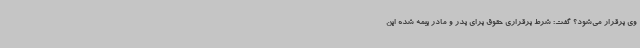
وی برقرار می‌شود؟ گفت: شرط برقراری حقوق برای پدر و مادر بیمه شده این